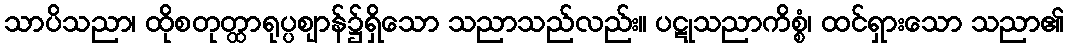
သာပိသညာ၊ ထိုစတုတ္ထာရုပ္ပဈာန်၌ရှိသော သညာသည်လည်း။ ပဋုသညာကိစ္စံ၊ ထင်ရှားသော သညာ၏